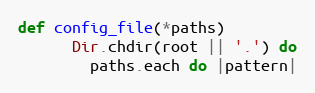
Language: Ruby
def config_file(*paths)
      Dir.chdir(root || '.') do
        paths.each do |pattern|